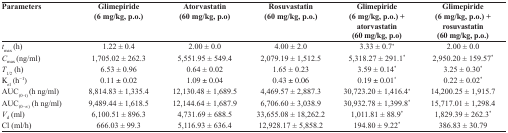
| Parameters | Glimepiride (6 mg/kg, p.o.) | Atorvastatin (60 mg/kg, p.o) | Rosuvastatin (60 mg/kg, p.o.) | Glimepiride (6 mg/kg, p.o.) + atorvastatin (60 mg/kg, p.o) | Glimepiride (6 mg/kg, p.o.) + rosuvastatin (60 mg/kg, p.o.) |
 | --- | --- | --- | --- | --- | --- |
 | tmax (h) | 1.22 ± 0.4 | 2.00 ± 0.0 | 4.00 ± 2.0 | 3.33 ± 0.7* | 2.00 ± 0.0 |
 | Cmax (ng/ml) | 1,705.02 ± 262.3 | 5,551.95 ± 549.4 | 2,079.19 ± 1,512.5 | 5,318.27 ± 291.1* | 2,950.20 ± 159.57* |
 | T1/2 (h) | 6.53 ± 0.96 | 0.64 ± 0.02 | 1.65 ± 0.23 | 3.59 ± 0.14* | 3.25 ± 0.30* |
 | Kel (h-1) | 0.11 ± 0.02 | 1.09 ± 0.04 | 0.43 ± 0.06 | 0.19 ± 0.01* | 0.22 ± 0.02* |
 | AUC(0−t) (h ng/ml) | 8,814.83 ± 1,335.4 | 12,130.48 ± 1,689.5 | 4,469.57 ± 2,887.3 | 30,723.20 ± 1,416.4* | 14,200.25 ± 1,915.7 |
 | AUC(0.−∞) (h ng/ml) | 9,489.44 ± 1,618.5 | 12,144.64 ± 1,687.9 | 6,706.60 ± 3,038.9 | 30,932.78 ± 1,399.8* | 15,717.01 ± 1,298.4 |
 | Vd (ml) | 6,100.51 ± 896.3 | 4,731.69 ± 688.5 | 33,655.08 ± 18,262.2 | 1,011.81 ± 88.9* | 1,829.39 ± 262.3* |
 | Cl (ml/h) | 666.03 ± 99.3 | 5,116.93 ± 636.4 | 12,928.17 ± 5,858.2 | 194.80 ± 9.22* | 386.83 ± 30.79 |